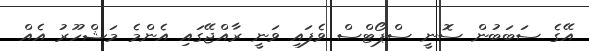
އޭގެ ސަބަބުން ސޮނީ ސްޕޯޓްސް ވެފައި ވަނީ ރާއްޖޭގައި އެންމެ މަޝްހޫރު އެއް